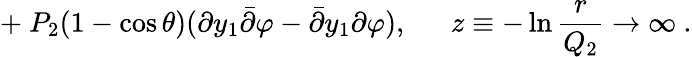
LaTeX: +\ P_{2}(1-\cos\theta)(\partial y_{1}{\bar{\partial}}\varphi-{\bar{\partial}}y_{1}\partial\varphi),\ \ \ \ \ \ z\equiv-\ln{\frac{r}{Q_{2}}}\to\infty\ .